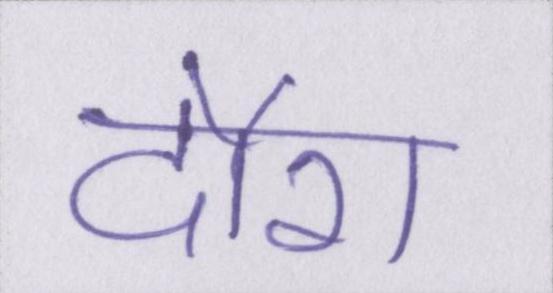
दौरा